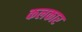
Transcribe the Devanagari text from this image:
कलकार